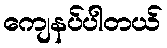
ကျေနပ်ပါတယ်